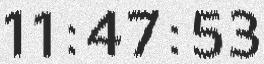
11:47:53